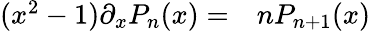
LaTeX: \begin{array}{rl}{(x^{2}-1)\partial_{x}P_{n}(x)=}&{{}nP_{n+1}(x)}\end{array}